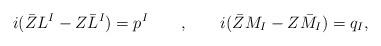
LaTeX: \begin{align*}i (\bar ZL^I -Z\bar L^I ) = p^I \qquad , \qquad i (\bar ZM_I -Z\bar M_I ) = q_I,\end{align*}